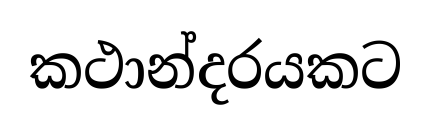
කථාන්දරයකට